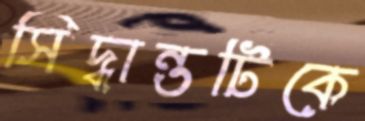
সিদ্ধান্তটিকে